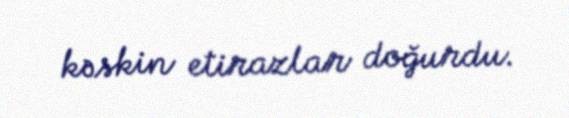
kəskin etirazlar doğurdu.